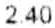
2.40